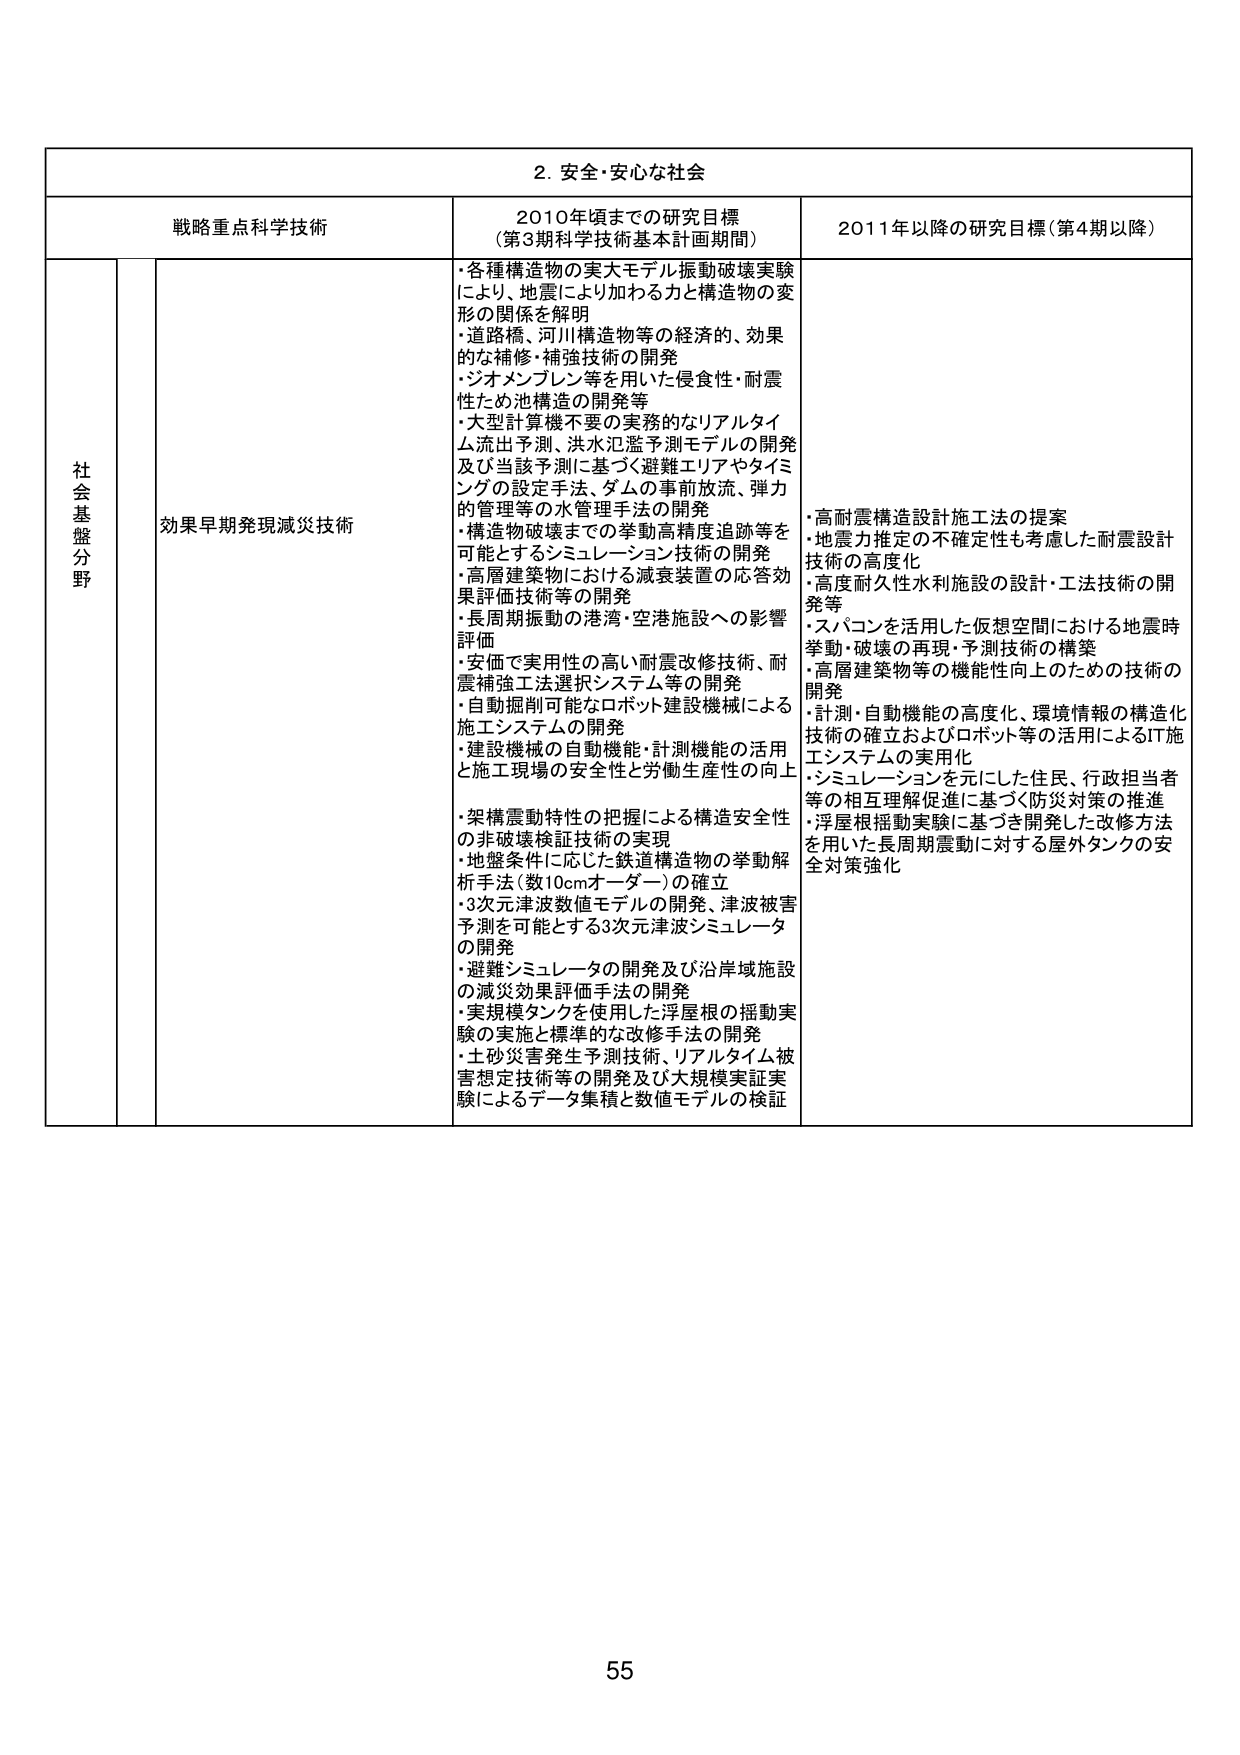
2. 安全・安心な社会

戦略重点科学技術 2010年頃までの研究目標 （第3期科学技術基本計画期間） 2011年以降の研究目標（第4期以降）

社会基盤分野 効果早期発現減災技術

・各種構造物の実大モデル振動破壊実験により、地震により加わる力と構造物の変形の関係を解明
・道路橋、河川構造物等の経済的、効果的な補修・補強技術の開発
・ジオメンブレン等を用いた侵食性・耐震性ため池構造の開発等
・大型計算機不要の実務的なリアルタイム流出予測、洪水氾濫予測モデルの開発及び当該予測に基づく避難エリアやタイミングの設定手法、ダムの事前放流、弾力的管理等の水管理手法の開発
・構造物破壊までの挙動高精度追跡等を可能とするシミュレーション技術の開発
・高層建築物における減衰装置の応答効果評価技術等の開発
・長周期振動の港湾・空港施設への影響評価
・安価で実用性の高い耐震改修技術、耐震補強工法選択システム等の開発
・自動掘削可能なロボット建設機械による施工システムの開発
・建設機械の自動機能・計測機能の活用と施工現場の安全性と労働生産性の向上
・架構振動特性の把握による構造安全性の非破壊検証技術の実現
・地盤条件に応じた鉄道構造物の挙動解析手法（数10cmオーダー）の確立
・3次元津波数値モデルの開発、津波被害予測を可能とする3次元津波シミュレータの開発
・避難シミュレータの開発及び沿岸域施設の減災効果評価手法の開発
・実規模タンクを使用した浮屋根の揺動実験の実施と標準的な改修手法の開発
・土砂災害発生予測技術、リアルタイム被害想定技術等の開発及び大規模実証実験によるデータ集積と数値モデルの検証

・高耐震構造設計施工法の提案
・地震力推定の不確定性も考慮した耐震設計技術の高度化
・高度耐久性水利施設の設計・工法技術の開発等
・スパコンを活用した仮想空間における地震時挙動・破壊の再現・予測技術の構築
・高層建築物等の機能性向上のための技術の開発
・計測・自動機能の高度化、環境情報の構造化技術の確立およびロボット等の活用によるIT施工システムの実用化
・シミュレーションを元にした住民、行政担当者等の相互理解促進に基づく防災対策の推進
・浮屋根揺動実験に基づき開発した改修方法を用いた長周期震動に対する屋外タンクの安全対策強化

55